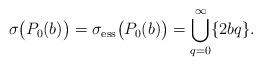
LaTeX: \begin{align*}\sigma \big( P_0(b) \big) = \sigma_{\rm ess} \big( P_0(b) \big) = \bigcup_{q=0}^{\infty} \lbrace 2bq \rbrace.\end{align*}